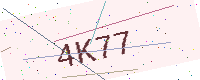
Text: 4K77